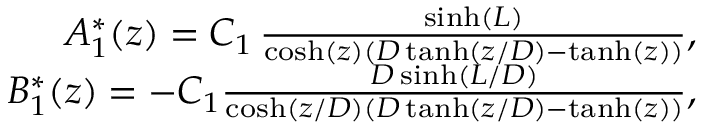
\begin{array} { r } { A _ { 1 } ^ { * } ( z ) = C _ { 1 } \, \frac { \sinh ( L ) } { \cosh ( z ) ( D \operatorname { t a n h } ( z / D ) - \operatorname { t a n h } ( z ) ) } , } \\ { B _ { 1 } ^ { * } ( z ) = - C _ { 1 } \frac { D \sinh ( L / D ) } { \cosh ( z / D ) ( D \operatorname { t a n h } ( z / D ) - \operatorname { t a n h } ( z ) ) } , } \end{array}